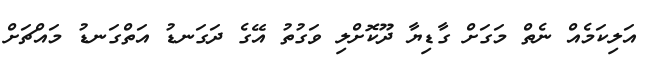
އަލިކަމެއް ނެތް މަގަށް ގާޑިޔާ ދޫކޮށްލި ވަގުތު އޭގެ ދަގަނޑު އަތްގަނޑު މައްޗަށް